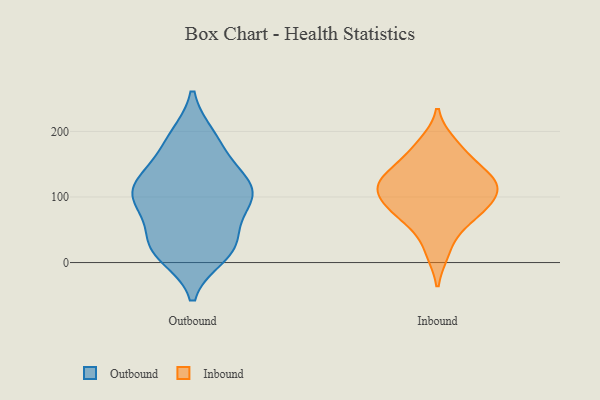
{"axis": {"x": "Humidity (%)", "y": "Value"}, "legend": ["Inbound", "Outbound"], "data": [{"x": "", "y": 138, "type": "Outbound"}, {"x": "", "y": 192, "type": "Outbound"}, {"x": "", "y": 105, "type": "Outbound"}, {"x": "", "y": 22, "type": "Outbound"}, {"x": "", "y": 16, "type": "Outbound"}, {"x": "", "y": 140, "type": "Outbound"}, {"x": "", "y": 93, "type": "Outbound"}, {"x": "", "y": 107, "type": "Outbound"}, {"x": "", "y": 36, "type": "Outbound"}, {"x": "", "y": 90, "type": "Outbound"}, {"x": "", "y": 11, "type": "Outbound"}, {"x": "", "y": 118, "type": "Outbound"}, {"x": "", "y": 80, "type": "Outbound"}, {"x": "", "y": 35, "type": "Outbound"}, {"x": "", "y": 101, "type": "Outbound"}, {"x": "", "y": 192, "type": "Outbound"}, {"x": "", "y": 24, "type": "Outbound"}, {"x": "", "y": 117, "type": "Outbound"}, {"x": "", "y": 176, "type": "Outbound"}, {"x": "", "y": 128, "type": "Inbound"}, {"x": "", "y": 85, "type": "Inbound"}, {"x": "", "y": 105, "type": "Inbound"}, {"x": "", "y": 121, "type": "Inbound"}, {"x": "", "y": 69, "type": "Inbound"}, {"x": "", "y": 137, "type": "Inbound"}, {"x": "", "y": 17, "type": "Inbound"}, {"x": "", "y": 121, "type": "Inbound"}, {"x": "", "y": 164, "type": "Inbound"}, {"x": "", "y": 181, "type": "Inbound"}, {"x": "", "y": 66, "type": "Inbound"}, {"x": "", "y": 99, "type": "Inbound"}]}